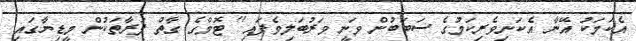
އެކަމަކު އޭނާ އެކަނިވެރިކަމުގެ ސަބަބުން ވަނީ ވަރުބަލިވެފައި'' ޓޮމްގެ ގާތް ފަރާތަކުން މީޑިޔާގައި